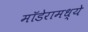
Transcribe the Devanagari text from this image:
मॉडेरामध्ये